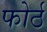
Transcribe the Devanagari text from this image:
फोर्ठ